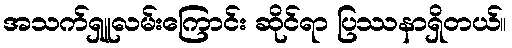
အသက်ရှူလမ်းကြောင်း ဆိုင်ရာ ပြဿနာရှိတယ်။